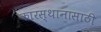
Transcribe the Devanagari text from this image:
कारस्थानासाठी